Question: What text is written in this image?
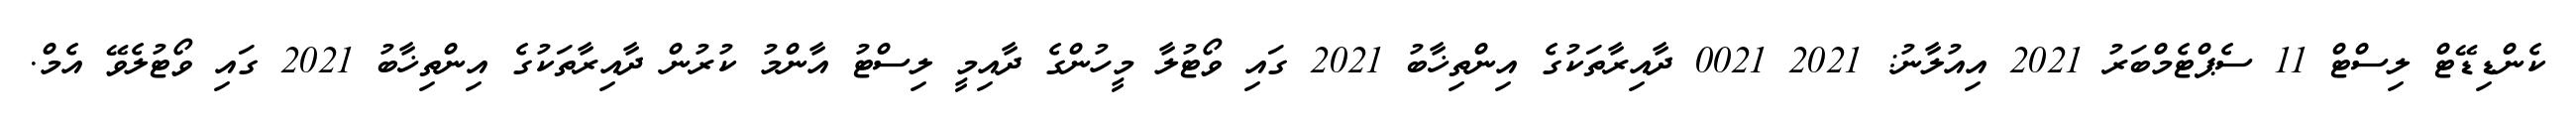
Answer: ކެންޑިޑޭޓް ލިސްޓް 11 ސެޕްޓެމްބަރު 2021 އިއުލާނު: 2021 0021 ދާއިރާތަކުގެ އިންތިޚާބު 2021 ގައި ވޯޓުލާ މީހުންގެ ދާއިމީ ލިސްޓު އާންމު ކުރުން ދާއިރާތަކުގެ އިންތިޚާބު 2021 ގައި ވޯޓުލެވޭ އެމް.